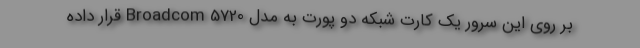
بر روی این سرور یک کارت شبکه دو پورت به مدل Broadcom 5720 قرار داده